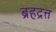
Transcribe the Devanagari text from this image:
ब्रहद्रत्त